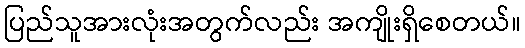
ပြည်သူအားလုံးအတွက်လည်း အကျိုးရှိစေတယ်။